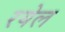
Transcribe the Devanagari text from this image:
रयेल